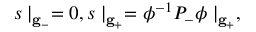
s \mid _ { { \bf g } _ { - } } = 0 , s \mid _ { { \bf g } _ { + } } = \phi ^ { - 1 } P _ { - } \phi \mid _ { { \bf g } _ { + } } ,